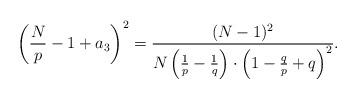
LaTeX: \begin{align*}\left( \frac{N}{p} -1 +a_3 \right) ^2 = \frac{(N-1)^2 }{ N\left( \frac{1}{p}- \frac{1}{q} \right) \cdot\left( 1-\frac{q}{p} +q \right) ^2 }.\end{align*}